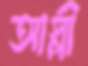
আস্‌লী